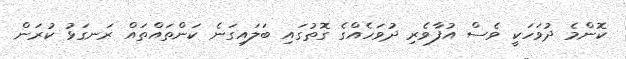
ކޮންމެ ދުވަހަކީ ވެސް އުފާވެރި ދުވަހެއްގެ ގޮތުގައި ބަލައިގަނެ ކަންތައްތައް ރަނގަޅު ކުރަން